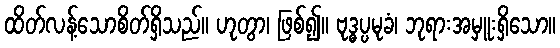
ထိတ်လန့်သောစိတ်ရှိသည်။ ဟုတွာ၊ ဖြစ်၍။ ဗုဒ္ဓပ္ပမုခံ၊ ဘုရားအမှူးရှိသော။